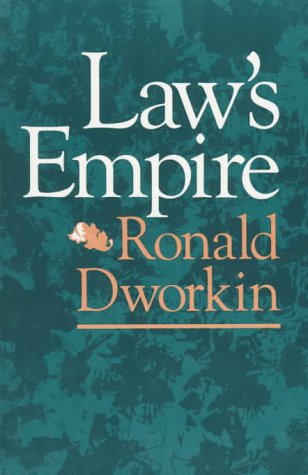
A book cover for Law's Empire; Ronald Dworkin; Law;